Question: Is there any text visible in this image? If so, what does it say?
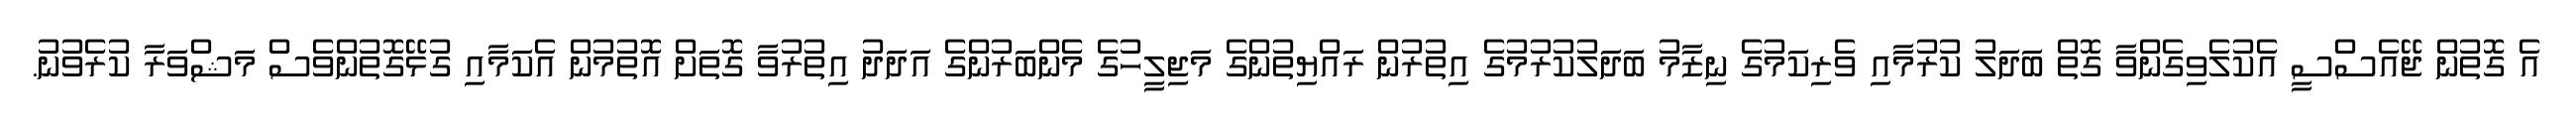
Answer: އެ ގޮތުން ޖޭއެސްސީ އެކުލެވިގެންވާ ގޮތް ބަދަލު ކުރުމާއި ވެރިކަމުގެ ނިޒާމު ބަދަލުކުރުމުގެ އިތުރުން ރައްޔިތުންގެ މަޖިލީހުގެ މެންބަރުންގެ އަދަދު އިތުރުވާ ގޮތަށް އޮތުމުން އެކަމާއި ގުޅޭގޮތުންވެސް މަޝްވަރާ ކުރެވުނު.